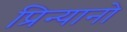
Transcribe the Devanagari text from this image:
प्रिन्यानो